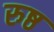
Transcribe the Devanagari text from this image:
रुष्ठ